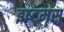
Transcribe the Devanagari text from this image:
इष्ट्मस